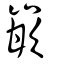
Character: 嵌